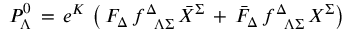
{ \cal P } _ { \Lambda } ^ { 0 } \, = \, e ^ { \cal K } \, \left( \, F _ { \Delta } \, f _ { \phantom { \Delta } \Lambda \Sigma } ^ { \Delta } \, { \bar { X } } ^ { \Sigma } \, + \, { \bar { F } } _ { \Delta } \, f _ { \phantom { \Delta } \Lambda \Sigma } ^ { \Delta } \, { X } ^ { \Sigma } \right)